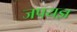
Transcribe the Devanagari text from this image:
जपयज्ञ